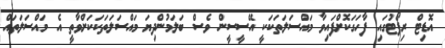
އޮޑިޓް ރިޕޯޓުގައި ފާހަގަކޮށްފައިވާ މައްސަލަތަކަކީ އޭސީސީން ވެސް ބަލަމުންދިޔަ މައްސަލަތަަކަކަށްވާތީ އެ މައްސަލަތައް